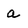
Character: a